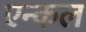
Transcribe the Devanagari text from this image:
एन्कल